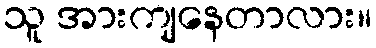
သူ အားကျနေတာလား။